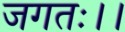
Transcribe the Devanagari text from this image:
जगतः।।